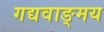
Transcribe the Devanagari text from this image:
गद्यवाङ्‌मय